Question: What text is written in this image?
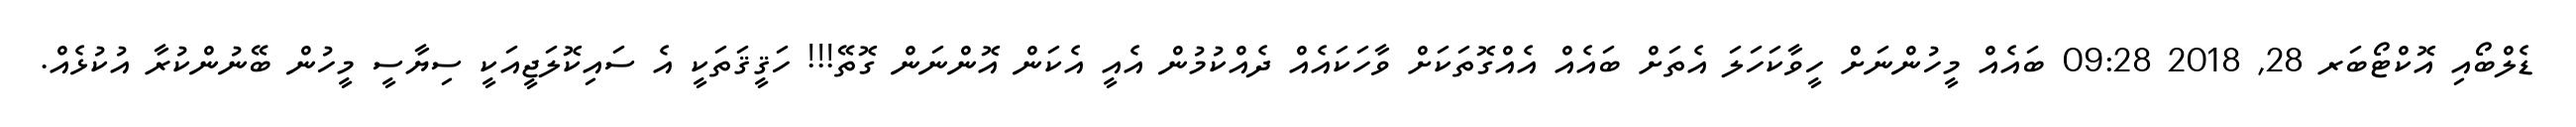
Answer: ޑެލްބޯއި އޮކްޓޯބަރ 28, 2018 09:28 ބައެއް މީހުންނަށް ހީވާކަހަލަ އެތަށް ބައެއް އެއްގޮތަކަށް ވާހަކައެއް ދެއްކުމުން އެއީ އެކަން އޮންނަން ގޮތޭ!!! ހަޤީޤަތަކީ އެ ސައިކޮލަޖީއަކީ ސިޔާސީ މީހުން ބޭނުންކުރާ އުކުޅެއް.